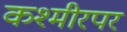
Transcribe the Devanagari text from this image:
कश्मीरपर